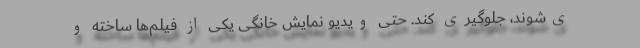
ی‌شوند، جلوگیری کند. حتی ویدیو نمایش خانگی یکی از فیلم‌ها ساخته و